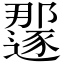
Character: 𫑏